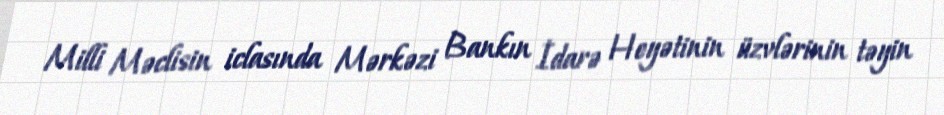
Milli Məclisin iclasında Mərkəzi Bankın İdarə Heyətinin üzvlərinin təyin